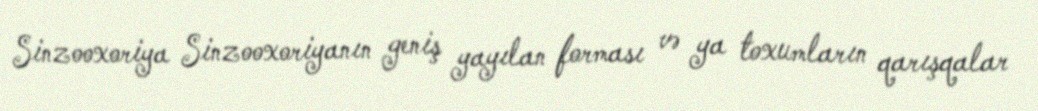
Sinzooxoriya Sinzooxoriyanın geniş yayılan forması və ya toxumların qarışqalar